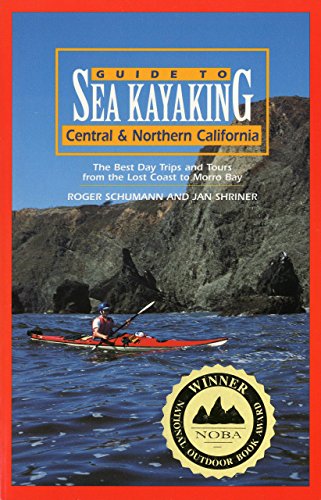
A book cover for Guide to Sea Kayaking in Central and Northern California: The Best Day Trips and Tours from the Lost Coast to Morro Bay (Regional Sea Kayaking Series); Roger Schumann; Sports & Outdoors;